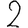
Digit: 2